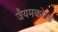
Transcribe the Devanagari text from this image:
जैयमकोण्ड